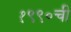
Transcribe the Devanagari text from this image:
१९९०ची